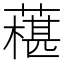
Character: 𦾢